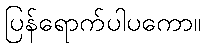
ပြန်ရောက်ပါပကော။